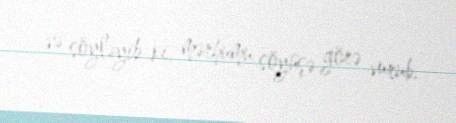
və söyləyib ki, mərhumu söyüşə görə vurub.